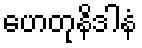
ဟေတုနိဒါနံ